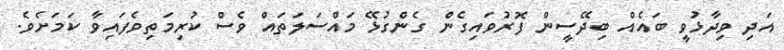
އަދި ވިދާޅުވީ ބައެއް ބިދޭސީން ފޮރުވައިގެން ގެންގުޅޭ މައްސަލަތައް ވެސް ކުރިމަތިވެފައިވާ ކަމަށެވެ.